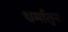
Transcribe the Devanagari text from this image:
धर्मातुन